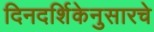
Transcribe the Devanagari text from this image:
दिनदर्शिकेनुसारचे